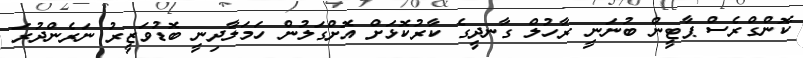
ކޮންގްރެސް ޕާޓީން ބުނަނީ ރާހުލް ގާނދީގެ ކާރުކޮޅަށް އޮށްގަލުން ހަމަލާދިނީ ބޮޑުވަޒީރު ނަރެންދުރަ